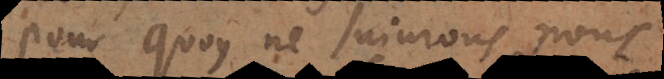
pour quoy ne suivrons nous